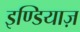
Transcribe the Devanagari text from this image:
इण्डियाज़